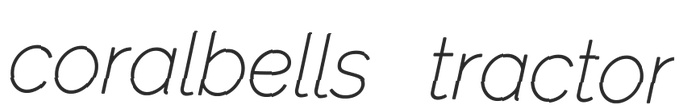
coralbells tractor